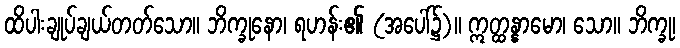
ထိပါးချုပ်ချယ်တတ်သော။ ဘိက္ခုနော၊ ရဟန်း၏ (အပေါ်၌)။ ဣတ္ထန္နာမော၊ သော။ ဘိက္ခု၊